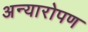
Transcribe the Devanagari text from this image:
अन्यारोपण